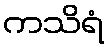
ကသိရံ